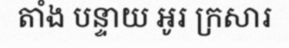
តាំង បន្ទាយ អូរ ក្រសារ